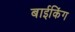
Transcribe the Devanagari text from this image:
बाईकिंग